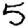
Digit: 5